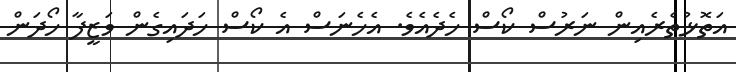
އަތޮޅުތެރެއިން ނަރުސް ކޯސް ހެދެއެވެ. އެހެނަސް އެ ކޯސް ހަދައިގެން ވަޒީފާ ހޯދަން